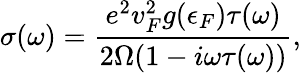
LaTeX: \sigma(\omega)=\frac{e^{2}v_{F}^{2}g(\epsilon_{F})\tau(\omega)}{2\Omega(1-i\omega\tau(\omega))},